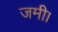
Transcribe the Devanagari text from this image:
जमी।